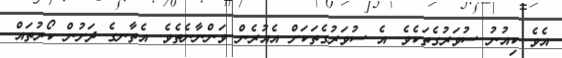
އެވެ ކިއުނު ސުވަރުގެތަކެވެ. އެ ސުވަރުގެތަކަށް އެއުރެން ވަންނާނެތެވެ. އެތާނގެ ދަށުން ކޯރުތައް